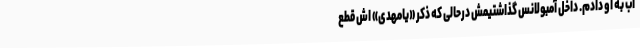
آب به او دادم. داخل آمبولانس گذاشتیمش درحالی که ذکر «یامهدی» اش قطع